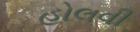
હોલવી